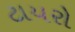
ટાયરો